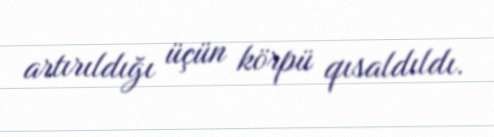
artırıldığı üçün körpü qısaldıldı.